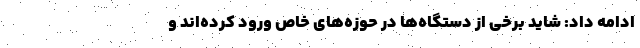
ادامه داد: شاید برخی از دستگاه‌ها در حوزه‌های خاص ورود کرده‌اند و